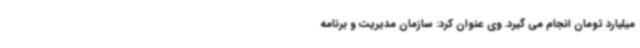
میلیارد تومان انجام می گیرد. وی عنوان کرد: سازمان مدیریت و برنامه